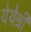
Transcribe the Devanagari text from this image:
येथेश्री